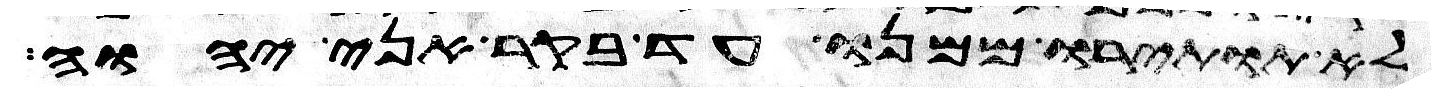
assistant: לא תותירו ממנו עד בקר אני יהוה